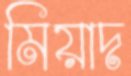
মিয়াদ